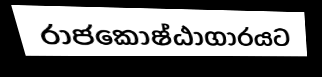
රාජකොෂ්ඨාගාරයට